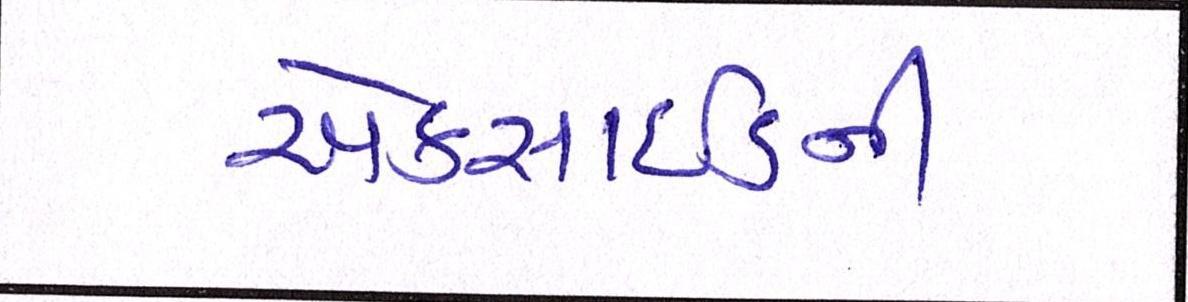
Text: એક્સાઇડની